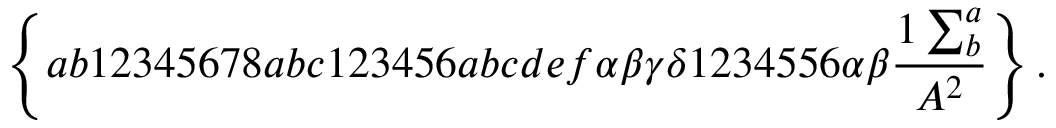
\left\{ a b 1 2 3 4 5 6 7 8 a b c 1 2 3 4 5 6 a b c d e f \alpha \beta \gamma \delta 1 2 3 4 5 5 6 \alpha \beta \frac { 1 \sum _ { b } ^ { a } } { A ^ { 2 } } \right\} .